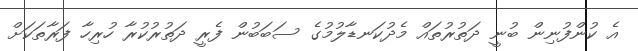
އެ ކުންފުނިން ބުނީ ދަތުރުތައް މެދުކަނޑާލުމުގެ ސަބަބުން ފެރީ ދަތުރުކުރާ ހުރިހާ ފަރާތަކަށް